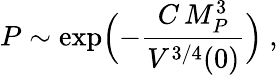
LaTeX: P\sim\exp\Bigl(-{\frac{C\, M_{P}^{3}}{V^{3/4}(0)}}\Bigr)\ ,